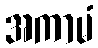
အကာမံ